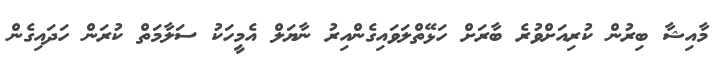
މާއިޝާ ބިރުން ކުރިއަށްވުރެ ބާރަށް ހަޅޭތްލަވައިގެންއިރު ނާޔަލް އެމީހަކު ސަލާމަތް ކުރަން ހަދައިގެން